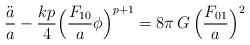
\begin{align*}\frac{\ddot a}{a}-\frac{kp}{4}\Bigl(\frac{F_{10}}{a}\phi\Bigr)^{p+1}=8\pi\,G\,\Bigl(\frac{F_{01}}{a}\Bigr)^2\end{align*}